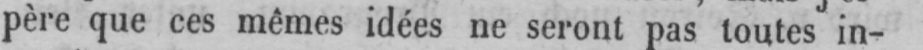
père que ces mêmes idées ne seront pas toutes in-